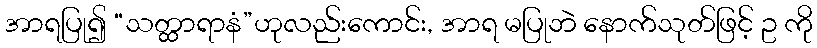
အာရပြု၍ “သတ္ထာရာနံ”ဟုလည်းကောင်း, အာရ မပြုဘဲ နောက်သုတ်ဖြင့် ဥ ကို